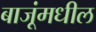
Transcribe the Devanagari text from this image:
बाजूंमधील